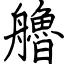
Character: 艪